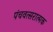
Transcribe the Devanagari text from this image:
पंचवत्सरात्मक